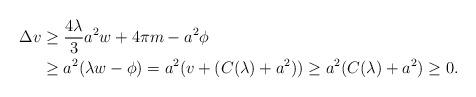
LaTeX: \begin{align*}\Delta v &\geq \frac{4 \lambda}{3} a^{2} w + 4\pi m - a^{2} \phi \\&\geq a^{2} ( \lambda w - \phi) = a^{2}( v + (C(\lambda) + a^{2} )) \geq a^{2} (C(\lambda) + a^{2} ) \geq 0.\end{align*}